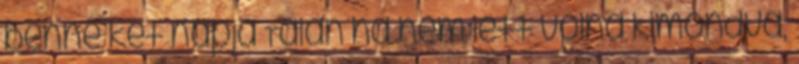
benne két napja Talán ha nem lett volna kimondva,